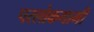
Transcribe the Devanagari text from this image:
परलोकगामी